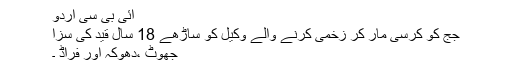
آئی بی سی اردو
جج کو کرسی مار کر زخمی کرنے والے وکیل کو ساڑھے 18 سال قید کی سزا
جھوٹ ،دھوکہ اور فراڈ ۔